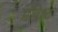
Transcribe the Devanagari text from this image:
प्रविश्ट